Annual administration report of the Civil Veterinary Department, Ajmere-Merwara, British Rajputana - 1914-1940
Year: 1914
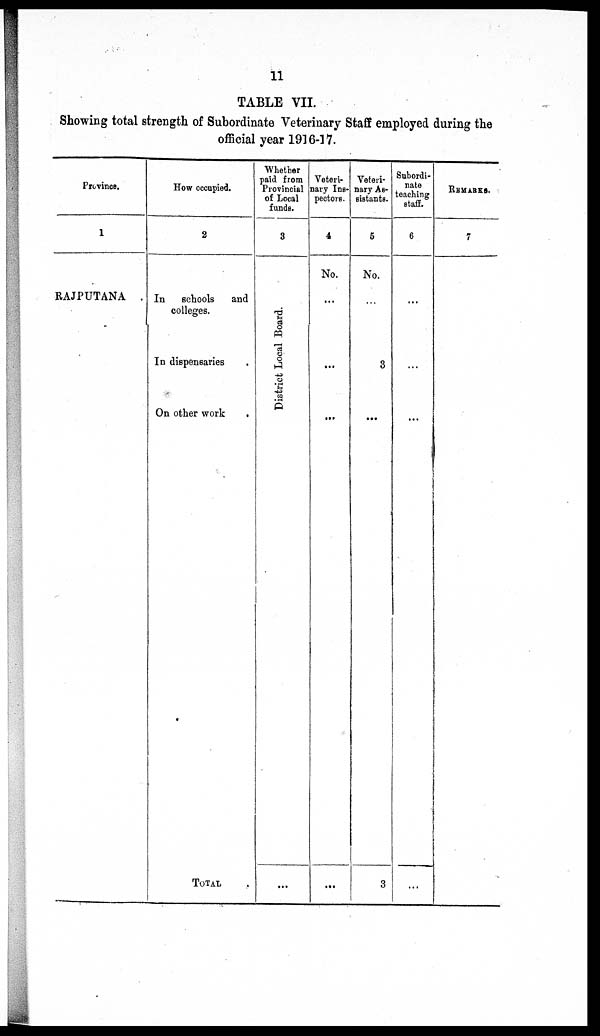
11
TABLE VII.
Showing total strength of Subordinate Veterinary Staff employed during the
official year 1916-17.
Province.
1
RAJPUTANA
How occupied.
2
In
schools
and
colleges.
In dispensaries .
On other work
.
TOTAL .
Whether
paid from
Provincial
of Local
funds.
3
Di st r i
ct Local Boar d.
...
Veteri-
nary Ins-
pectors.
4
No.
...
...
...
...
Veteri-
nary As-
sistants.
5
No.
...
3
...
3
Subordi-
nate
teaching
staff.
6
...
...
...
...
REMARKS.
7